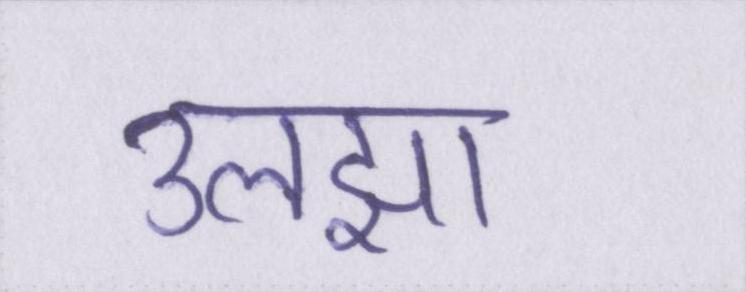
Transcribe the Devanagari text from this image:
उलझा